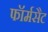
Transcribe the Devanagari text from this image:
फॉर्मसैट